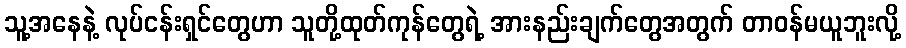
သူ့အနေနဲ့ လုပ်ငန်းရှင်တွေဟာ သူတို့ထုတ်ကုန်တွေရဲ့ အားနည်းချက်တွေအတွက် တာဝန်မယူဘူးလို့